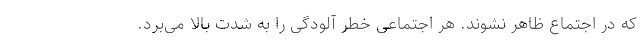
که در اجتماع ظاهر نشوند. هر اجتماعی خطر آلودگی را به شدت بالا می‌برد.